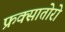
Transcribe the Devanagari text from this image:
फ्रक्सातोरो